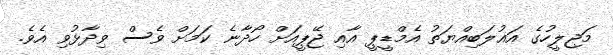
މަޖިލީހުގެ އަޣުލަބިއްޔަތު އެމްޑީޕީ އާއި ޖޭޕީއަށް ހޯދާނެ ކަމަށް ވެސް ވިދާޅުވި އެވެ.